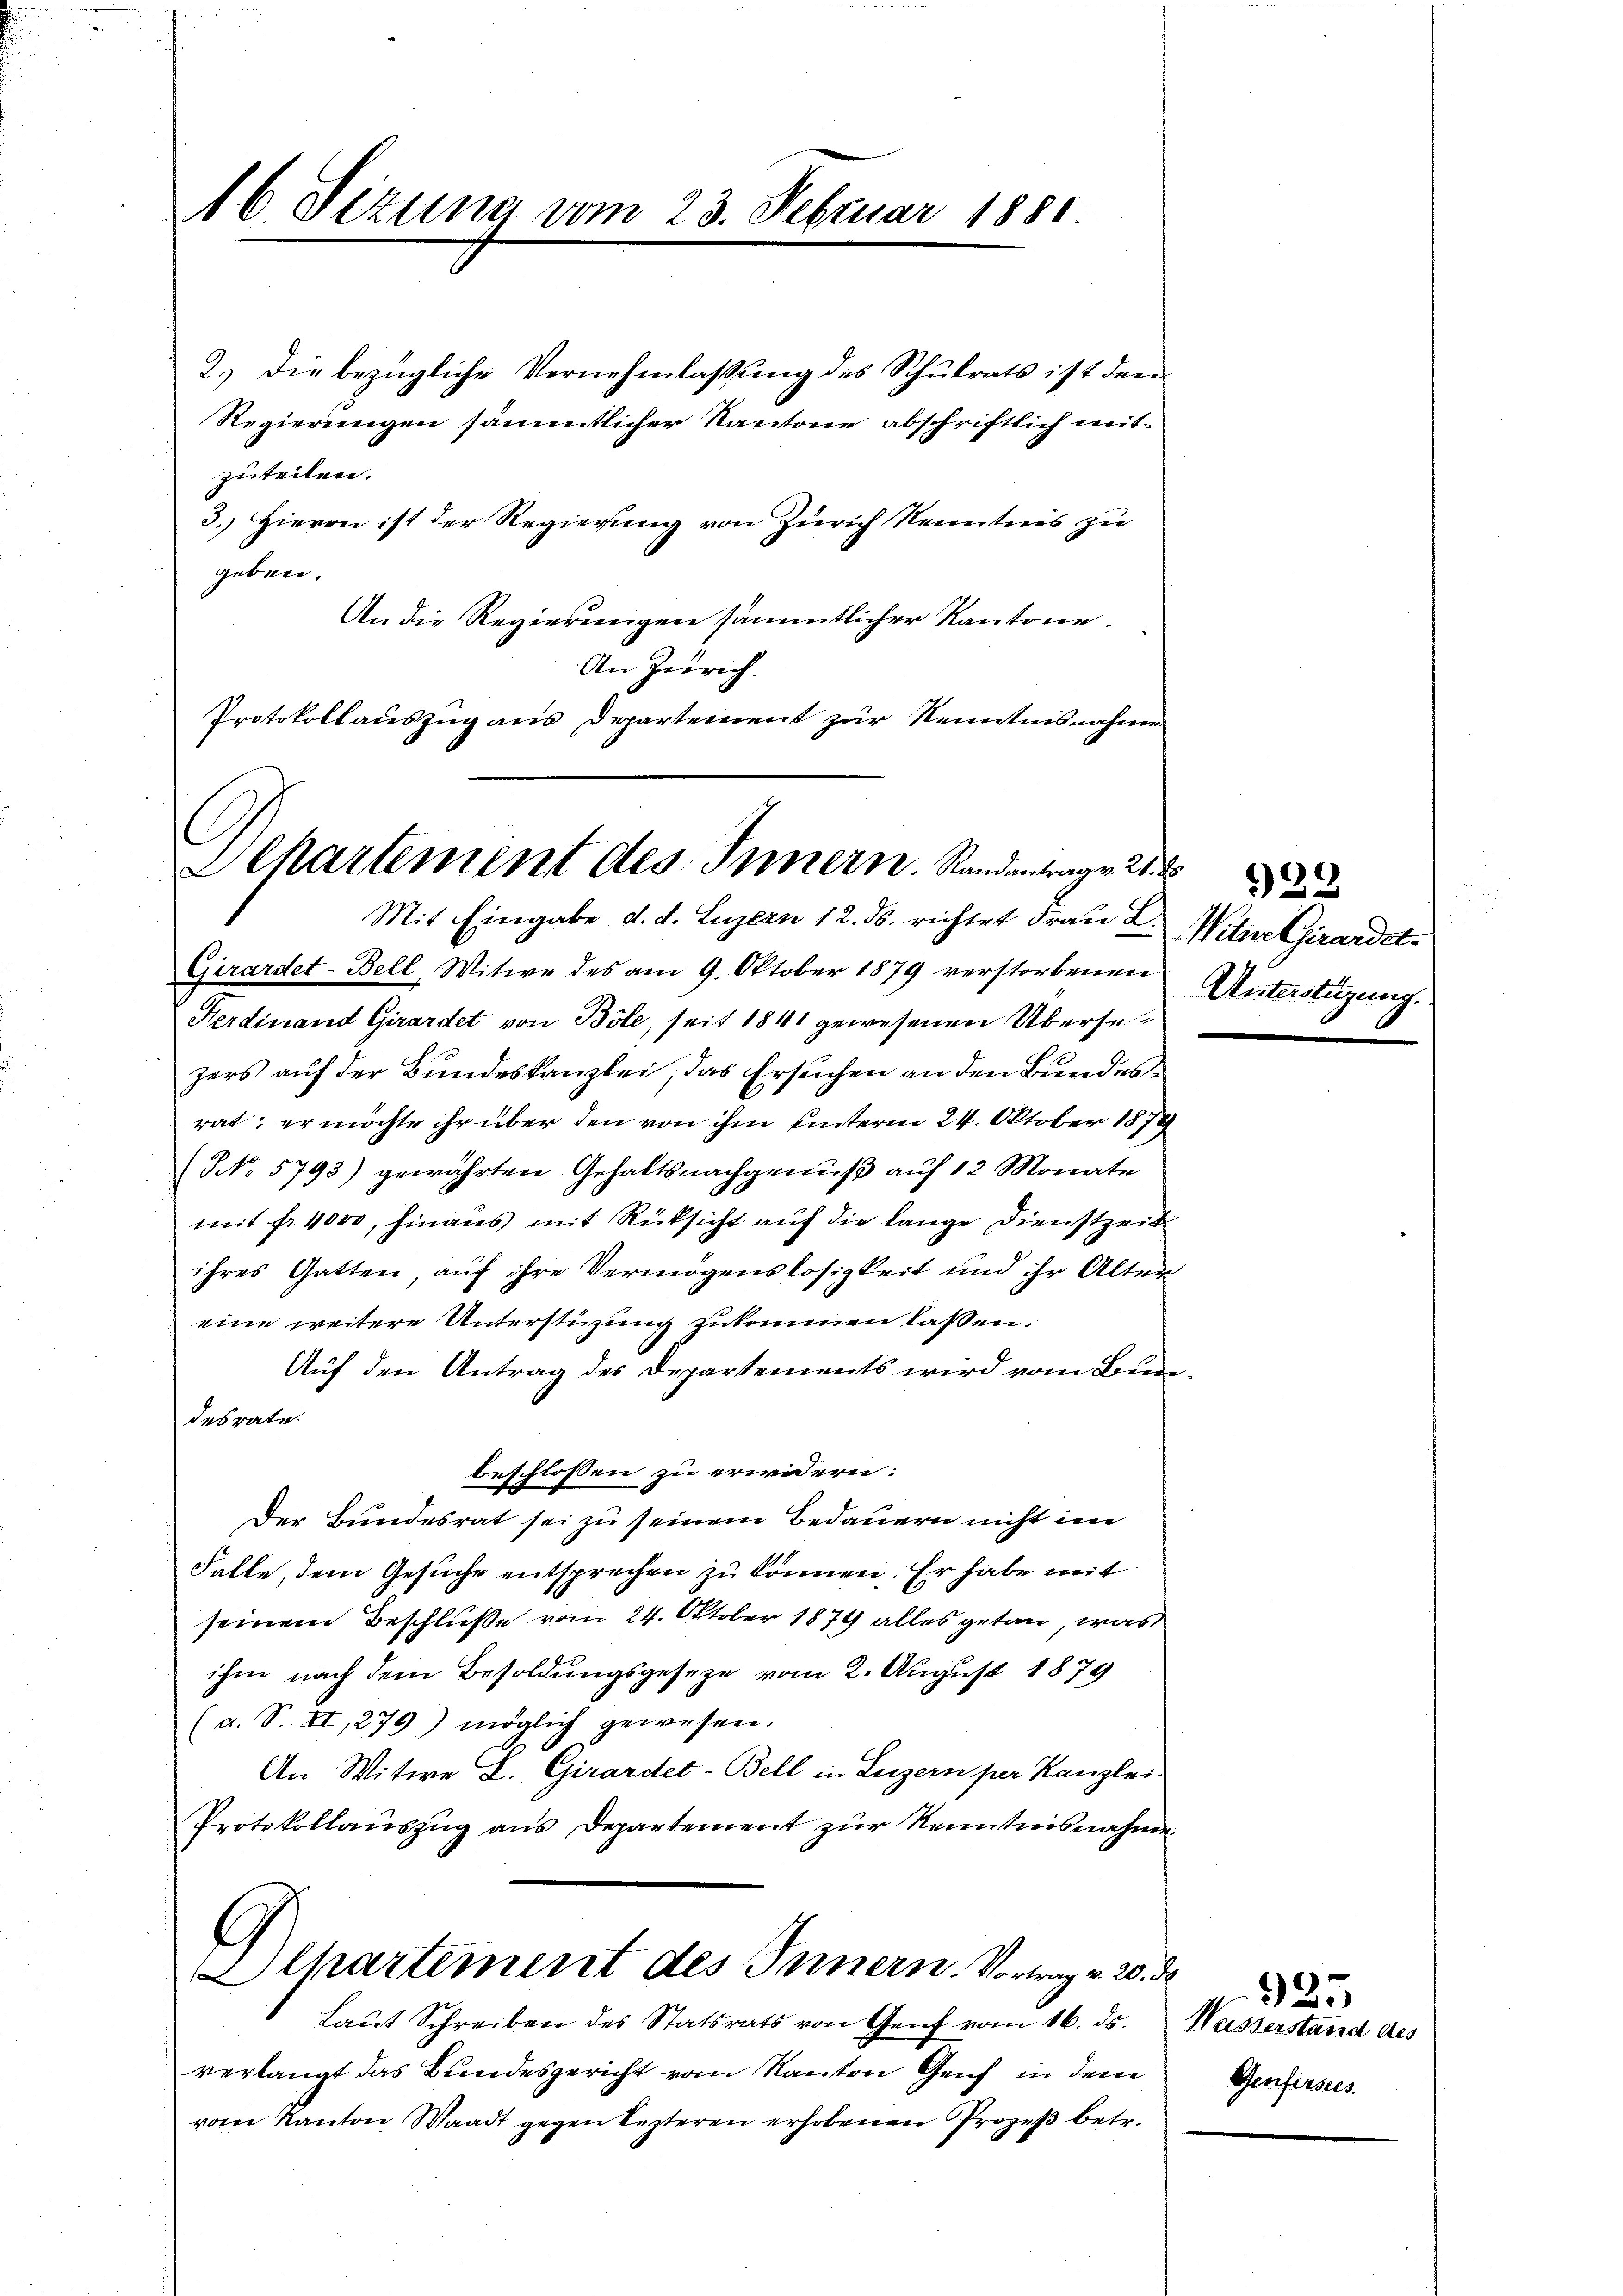
2.) Die bezügliche Vernehmlassung des Schulrats ist den
Regierungen sämmtlicher Kantone abschriftlich mitzuteilen.
3.) Hievon ist der Regierung von Zürich Kenntnis zu
geben.
An die Regierungen sämmtlicher Kantone.
An Zürich.
Protokollauszug aus Departement zur Kenntnisnahmen

16 Sizung vom 23. Februar 1881

Alkartement des Innern. Randantrage 21.
Mit Eingabe d. d. Luzern 12. ds. richtet Frau E. Nitwe Girardet.

Girardet-Bell Witwe des am 9. Oktober 1879 verstorbenen
Ferdinand Girardet von Böle, seit 1841 gewesenen Übersezers auf der Bundeskanzlei, das Ersuchen an den Bundesrat; er möchte ihr über den von ihm unterm 24. Oktober 1879
NNo. 5793) gewährten Gehaltsnachgenuß auf 12 Monate
mit fr. 4000, hinaus mit Rücksicht auf die lange Dienstzeit
ihres Gatten, auf ihre Vermögenslosigkeit und ihr Alten
eine weitere Unterstüzung zukommen laßen.
Auf den Antrag des Departements wird vom Bundesrate.
beschlossen zu erindern:
Der Bundesrat sei zu seinem Bedauern nicht im
Falle, dem Gesuche entsprechen zu können. Er habe mit
seinem Beschluße vom 24. Oktober 1879 alles getan, was
ihm nach dem Besoldungsgesetze vom 2. August 1879
(a. S. II, 279) möglich gewesen.
An Witwe L. Girardet-Bell in Luzern per Kanzlei-
Protokollaŭszŭg ans Departement zŭr Renntnisnahme.

Alhartement des Innern. Vortrag v. 20. d
Laut Schreiben des Statsrats von Genf vom 16. ds.

verlangt das Bundesgericht vom Kanton Genf in dem
vom Kanton Waadt gegen lezteren erhobenen Prozeß betr.

s
)29
Unterstigung.

Wasserstand des
Genferstes.

925